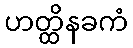
ဟတ္ထိနခကံ